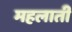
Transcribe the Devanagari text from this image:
महलाती